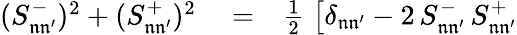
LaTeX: \begin{array}{rlr}{(S_{\mathfrak{n}\mathfrak{n^{\prime}}}^{-})^{2}+(S_{\mathfrak{n}\mathfrak{n^{\prime}}}^{+})^{2}}&{{}=}&{\frac{1}{2}\; \big[\delta_{\mathfrak{n}\mathfrak{n^{\prime}}}-2\, S_{\mathfrak{n}\mathfrak{n^{\prime}}}^{-}\, S_{\mathfrak{n}\mathfrak{n^{\prime}}}^{+}}\end{array}